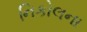
નિકોલના